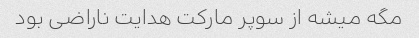
مگه میشه از سوپر مارکت هدایت ناراضی بود